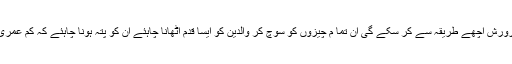
بچوں کی رکھوالی اور ان کی پرورش اچھے طریقہ سے کر سکے گی ان تما م چیزوں کو سوچ کر والدین کو ایسا قدم اٹھانا چاہئے ان کو پتہ ہونا چاہئے کہ کم عمری کی شادی کے کیا مسائل ہیں ۔